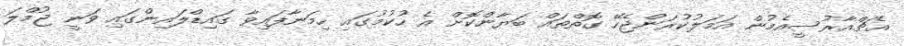
އެޗްއާރުސީއެމުން އަމަލުކުރަންޖެހޭ ގޮތްތައް ބަޔާންކޮށް އެ ހުކުމުގައި ހިމަނާފައިވާ ގައިޑްލައިންގައި ވަނީ ޖުމްލަ